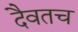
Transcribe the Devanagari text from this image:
दैवतच